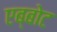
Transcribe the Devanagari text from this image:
एब्बोट